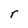
Character: r